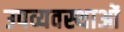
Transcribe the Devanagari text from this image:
उपव्यवस्थाओं